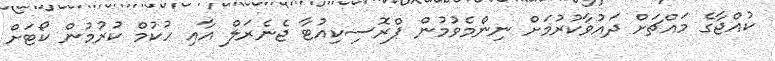
ކުއްޖާގެ މައްޗަށް ދައުވާކުރުމަށް ނިންމެވުމުން ޕްރޮސިކިއުޓާ ޖެނެރަލް އާއި ހުކުމް ކުރުމުން ކޯޓަށް